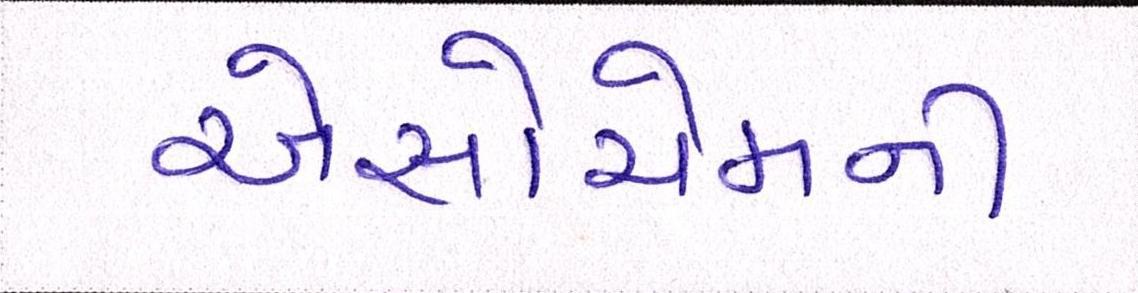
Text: એસોચેમની